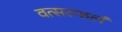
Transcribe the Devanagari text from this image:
वत्सरफलं